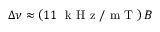
\Delta \nu \approx \left( 1 1 ~ \mathrm { ~ k ~ H ~ z ~ } / \mathrm { ~ m ~ T ~ } \right) B